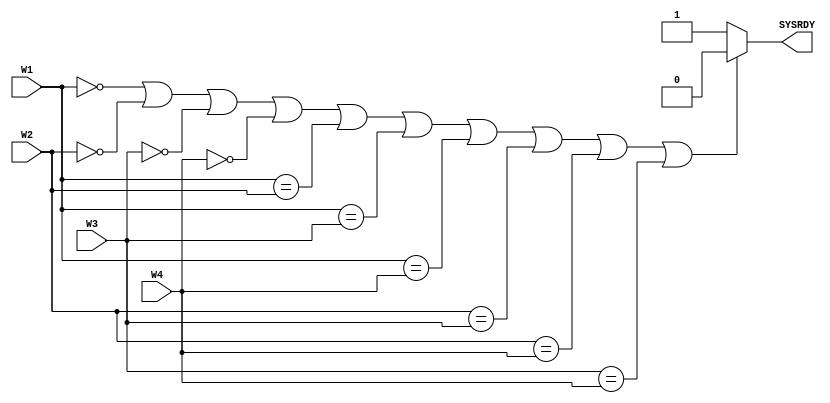
// module winning_number provides the 4 winning numbers

module winning_number(
	input [4:0] W1, W2, W3, W4, //hard-wired winning numbers
	output SYSRDY //the output signals if the system is ready
);

	reg rdy;
	assign SYSRDY = rdy;
	
	always @ (W1 or W2 or W3 or W4) begin 
		if(W1 == 0 || W2 == 0 || W3 == 0 || W4 == 0 || W1 == W2 || W1 == W3 || W1 == W4 || W2 == W3 || W2 == W4 || W3 == W4)
			//if any of the numbers is zero or if there are repeated numbers, the SYSRDY output will go low
			rdy = 0;
		else
			rdy = 1;
	end 
	
endmodule